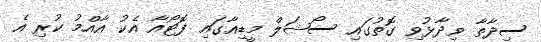
ސިދާތާ ވިދާޅުވި ގޮތުގައި ސޯޝަލް މީޑިއާގައި ފޮޓޯއާ އެކު އާއްމު ކުރި އެ